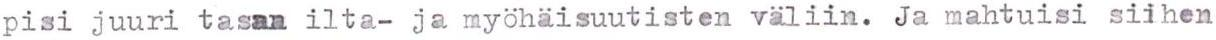
pisi juuri tasan ilta- ja myöhäisuutisten väliin. Ja mahtuisi siihen